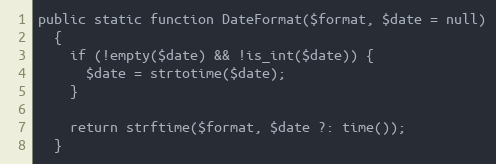
Language: PHP
public static function DateFormat($format, $date = null)
  {
    if (!empty($date) && !is_int($date)) {
      $date = strtotime($date);
    }

    return strftime($format, $date ?: time());
  }